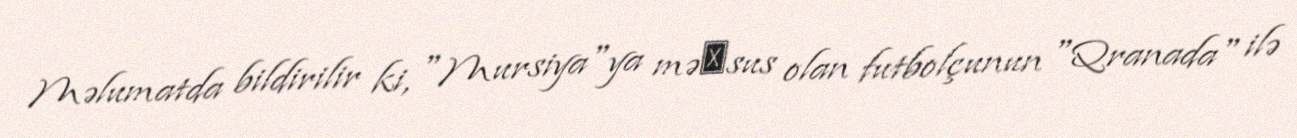
Məlumatda bildirilir ki, "Mursiya"ya məхsus olan futbolçunun "Qranada" ilə